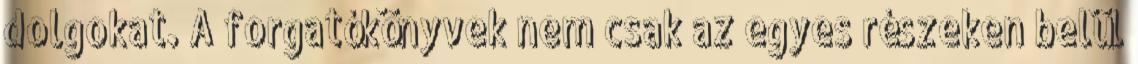
dolgokat. A forgatókönyvek nem csak az egyes részeken belül